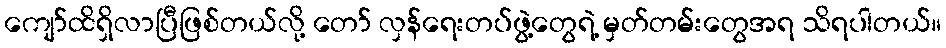
ကျော်ထိရှိလာပြီဖြစ်တယ်လို့ တော် လှန်ရေးတပ်ဖွဲ့တွေရဲ့ မှတ်တမ်းတွေအရ သိရပါတယ်။